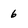
Character: 6